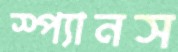
স্প্যানস